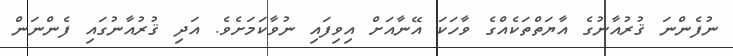
ނުފެންނަ ޤުރުއާނުގެ އާޔަތްތަކެއްގެ ވާހަކަ އޭނާއަށް އިވިފައި ނުވާކަމަށެވެ. އަދި ޤުރުއާނުގައި ފެންނަން